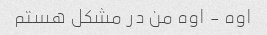
اوه - اوه من در مشکل هستم